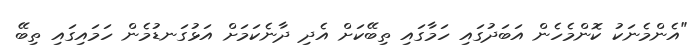
"އެންމެނަކު ކޮންމެހެން އަބަދުގައި ހަމާގައި ތިބޭކަށް އެދި ދާނެކަމަށް އަޅުގަނޑުމެން ހަމައިގައި ތިބޭ